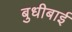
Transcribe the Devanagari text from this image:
बुधीबाई